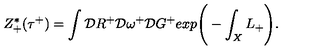
Z _ { + } ^ { * } ( \tau ^ { + } ) = \int { \cal D } R ^ { + } { \cal D } \omega ^ { + } { \cal D } G ^ { + } e x p \Bigg ( - \int _ { X } L _ { + } \Bigg ) .